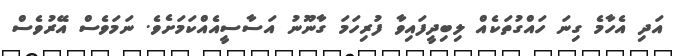
އަދި އެހާމެ ގިނަ ހައްގުތަކެއް ލިބިދީފައިވާ ފުރިހަމަ ގާނޫނު އަސާސީއެއްކަމަށެވެ. ނަމަވެސް އޭރުވެސް